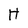
Character: H